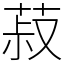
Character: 菽